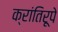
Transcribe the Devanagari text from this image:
क्रांतिरूपे